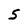
Character: 5